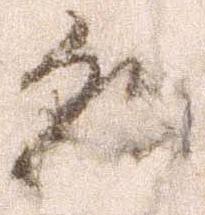
朝